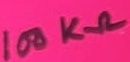
Text: 100KΩ